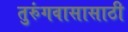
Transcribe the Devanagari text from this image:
तुरुंगवासासाठी